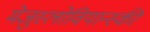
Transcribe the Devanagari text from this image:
मेजुस्लोवियान्स्की